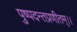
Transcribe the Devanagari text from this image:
पुष्पदन्तप्रणीतम्।।